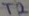
Text: T2